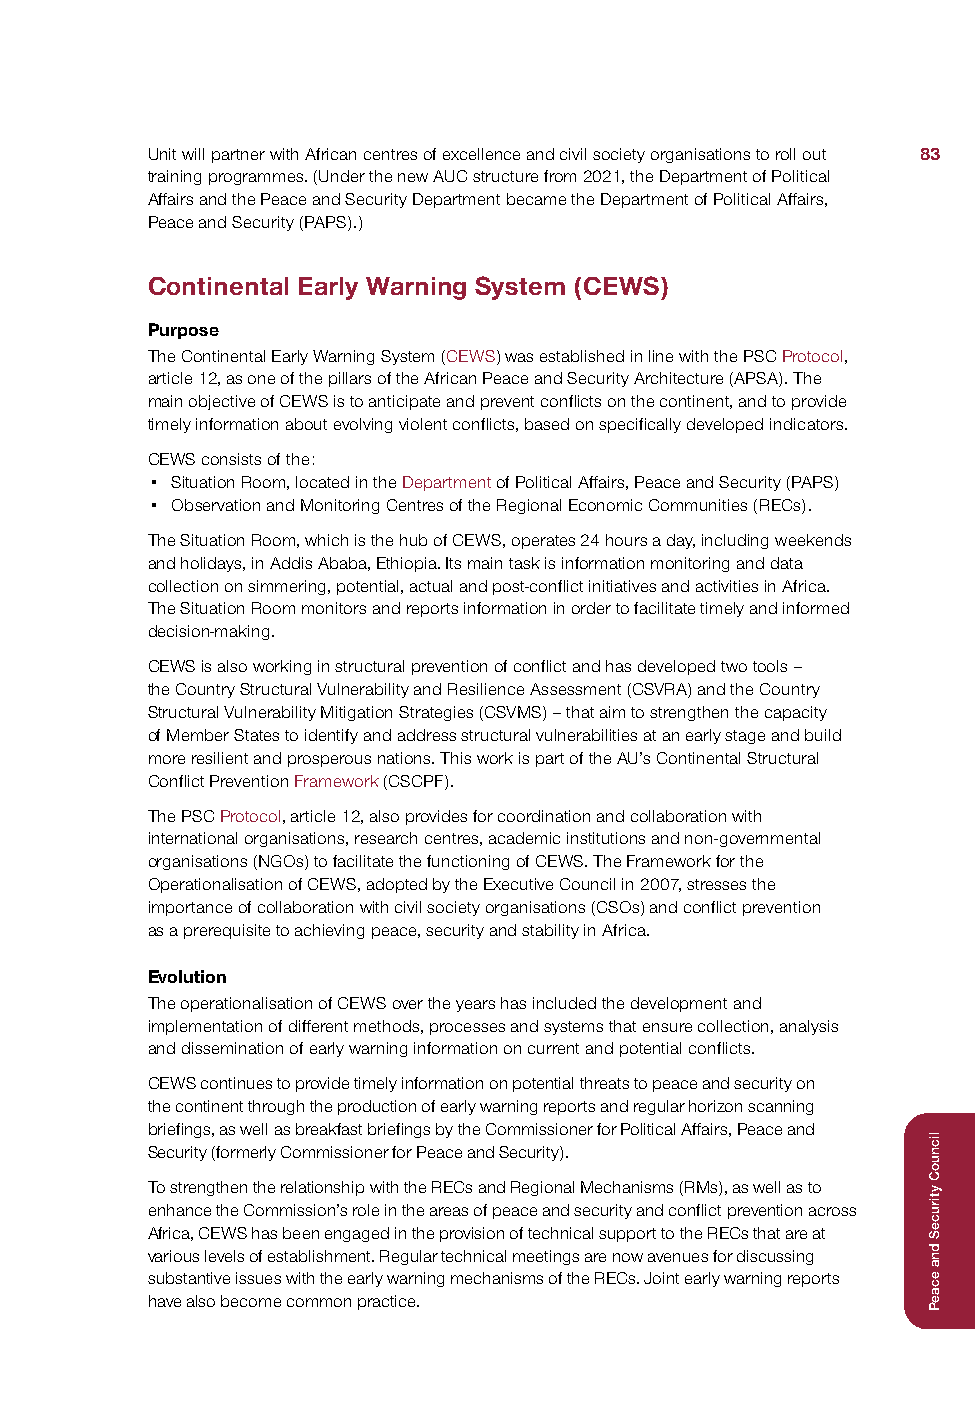
Unit will partner with African centres of excellence and civil society organisations to roll out 83
 training programmes. (Under the new AUC structure from 2021, the Department of Political
 Affairs and the Peace and Security Department became the Department of Political Affairs,
 Peace and Security (PAPS).)
 Continental Early Warning System (CEWS)
 Purpose
 The Continental Early Warning System (CEWS) was established in line with the PSC Protocol,
 article 12, as one of the pillars of the African Peace and Security Architecture (APSA). The
 main objective of CEWS is to anticipate and prevent conflicts on the continent, and to provide
 timely information about evolving violent conflicts, based on specifically developed indicators.
 CEWS consists of the:
 • Situation Room, located in the Department of Political Affairs, Peace and Security (PAPS)
 • Observation and Monitoring Centres of the Regional Economic Communities (RECs).
 The Situation Room, which is the hub of CEWS, operates 24 hours a day, including weekends
 and holidays, in Addis Ababa, Ethiopia. Its main task is information monitoring and data
 collection on simmering, potential, actual and post-conflict initiatives and activities in Africa.
 The Situation Room monitors and reports information in order to facilitate timely and informed
 decision-making.
 CEWS is also working in structural prevention of conflict and has developed two tools –
 the Country Structural Vulnerability and Resilience Assessment (CSVRA) and the Country
 Structural Vulnerability Mitigation Strategies (CSVMS) – that aim to strengthen the capacity
 of Member States to identify and address structural vulnerabilities at an early stage and build
 more resilient and prosperous nations. This work is part of the AU’s Continental Structural
 Conflict Prevention Framework (CSCPF).
 The PSC Protocol, article 12, also provides for coordination and collaboration with
 international organisations, research centres, academic institutions and non-governmental
 organisations (NGOs) to facilitate the functioning of CEWS. The Framework for the
 Operationalisation of CEWS, adopted by the Executive Council in 2007, stresses the
 importance of collaboration with civil society organisations (CSOs) and conflict prevention
 as a prerequisite to achieving peace, security and stability in Africa.
 Evolution
 The operationalisation of CEWS over the years has included the development and
 implementation of different methods, processes and systems that ensure collection, analysis
 and dissemination of early warning information on current and potential conflicts.
 CEWS continues to provide timely information on potential threats to peace and security on
 the continent through the production of early warning reports and regular horizon scanning
 briefings, as well as breakfast briefings by the Commissioner for Political Affairs, Peace and
 Security (formerly Commissioner for Peace and Security).
 To strengthen the relationship with the RECs and Regional Mechanisms (RMs), as well as to
 enhance the Commission’s role in the areas of peace and security and conflict prevention across
 Africa, CEWS has been engaged in the provision of technical support to the RECs that are at
 various levels of establishment. Regular technical meetings are now avenues for discussing
 substantive issues with the early warning mechanisms of the RECs. Joint early warning reports
 have also become common practice.
 licnuoC
 ytiruceS
 dna
 ecaeP